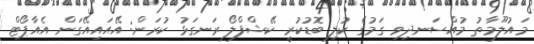
މައުލޫމާތު މުއްސަނދިވި ގަމުގެ ކުލި ބޮޑުކުރީ ކޭޝްފްލޯ ރަނގަޅު ކުރަން: އޭއައިއޭގަން އެއާޕޯޓް